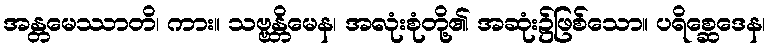
အန္တမေဿာတိ၊ ကား။ သဗ္ဗန္တိမေန၊ အလုံးစုံတို့၏ အဆုံး၌ဖြစ်သော။ ပရိစ္ဆေဒေန၊